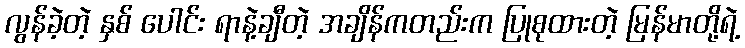
လွန်ခဲ့တဲ့ နှစ် ပေါင်း ရာနဲ့ချီတဲ့ အချိန်ကတည်းက ပြုစုထားတဲ့ မြန်မာတို့ရဲ့